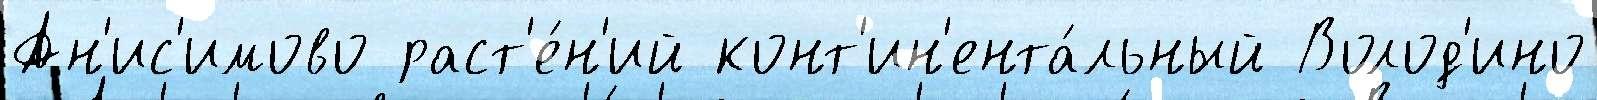
Ан'ис'имово раст'е́н'ий конт'ин'ента́льный Волод'ино